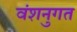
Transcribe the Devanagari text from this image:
वंशनुगत